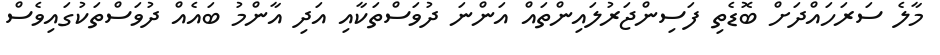
މާލެ ސަރަހައްދަށް ބޮޑެތި ފަސިންޖަރުލައިންތައް އަންނަ ދުވަސްތަކާއި އަދި އާންމު ބައެއް ދުވަސްތަކުގައިވެސް